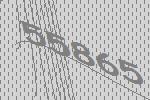
55865